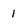
Character: 1